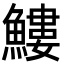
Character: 䱾